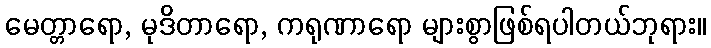
မေတ္တာရော, မုဒိတာရော, ကရုဏာရော များစွာဖြစ်ရပါတယ်ဘုရား။